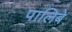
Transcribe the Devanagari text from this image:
पालिबे